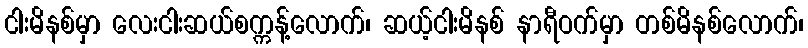
ငါးမိနစ်မှာ လေးငါးဆယ်စက္ကန့်လောက်၊ ဆယ့်ငါးမိနစ် နာရီဝက်မှာ တစ်မိနစ်လောက်၊